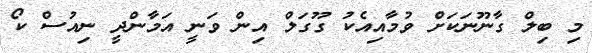
މި ބިލް ގާނޫނަކަށް ވުމާއިއެކު ގޫގަލް އިން ވަނީ އަމާންދީ ނިއުސް ކޯ